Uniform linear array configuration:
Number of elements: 4
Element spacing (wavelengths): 0.75
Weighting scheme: binomial
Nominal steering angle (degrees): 0
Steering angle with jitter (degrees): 0.3291
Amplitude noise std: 0.05
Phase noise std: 0.05

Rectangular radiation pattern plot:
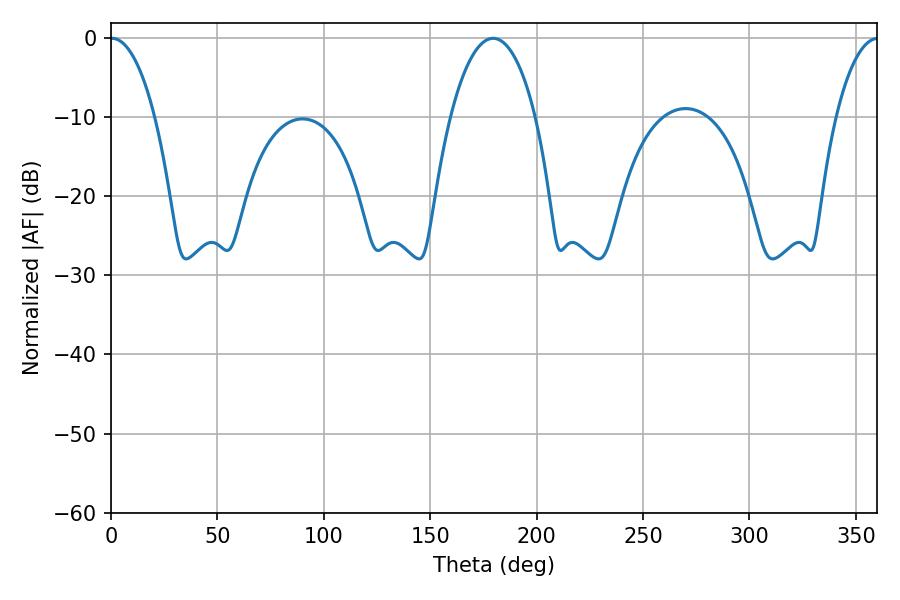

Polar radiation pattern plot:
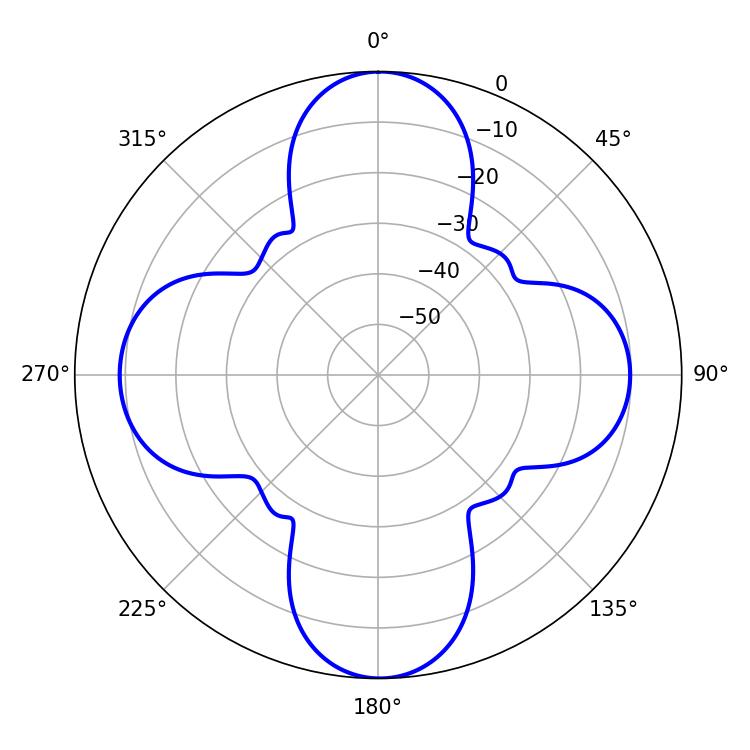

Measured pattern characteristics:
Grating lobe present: TRUE
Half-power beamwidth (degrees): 11.7
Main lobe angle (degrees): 0.36